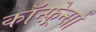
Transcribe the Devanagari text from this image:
कॉन्फ़्रेन्सों